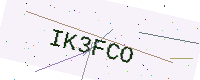
Text: IK3FCO